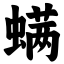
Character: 螨